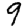
Digit: 9